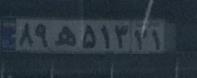
۸۹ه۵۱۳۲۱